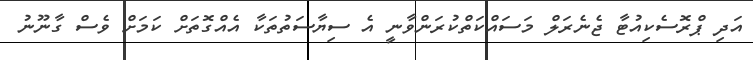
އަދި ޕްރޮސެކިއުޓާ ޖެނެރަލް މަސައްކަތްކުރަންވާނީ އެ ސިޔާސަތުތަކާ އެއްގޮތަށް ކަމަށް ވެސް ގާނޫނު